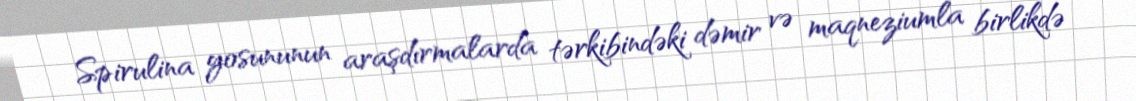
Spirulina yosununun araşdırmalarda tərkibindəki dəmir və maqneziumla birlikdə